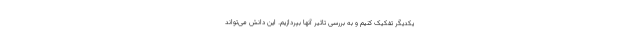
یکدیگر تفکیک کنیم و به بررسی تاثیر آنها بپردازیم. این دانش می‌تواند